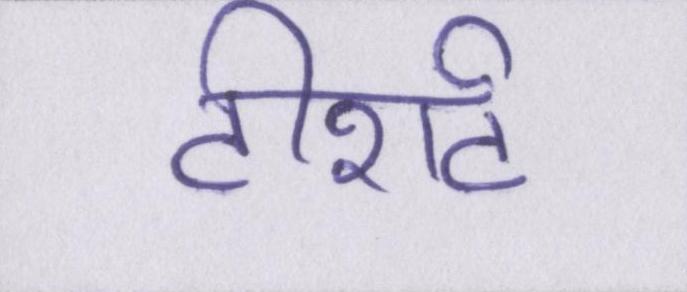
टीशर्ट